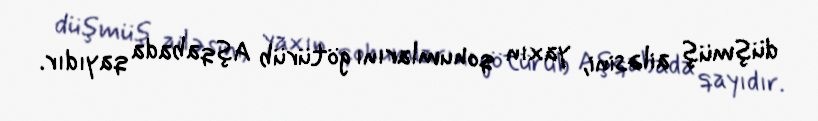
düşmüş ailəsini, yaxın qohumlarını götürüb Aşqabada qayıdır.